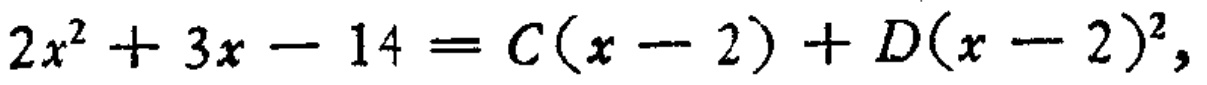
\(2x^{2}+3x - 14 = C(x - 2)+D(x - 2)^{2}\)